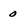
Character: o